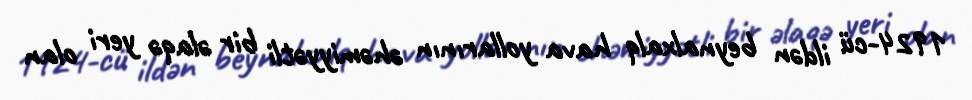
1924-cü ildən beynalxalq hava yollarının əhəmiyyətli bir əlaqə yeri olan